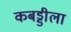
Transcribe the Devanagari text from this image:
कबड्डीला